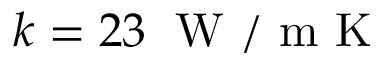
k = 2 3 \; \mathrm { ~ W ~ / ~ m ~ K ~ }